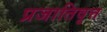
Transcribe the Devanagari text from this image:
प्रजातिवृत्त